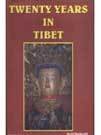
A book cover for Twenty Years in Tibet; D. MacDonald; Travel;